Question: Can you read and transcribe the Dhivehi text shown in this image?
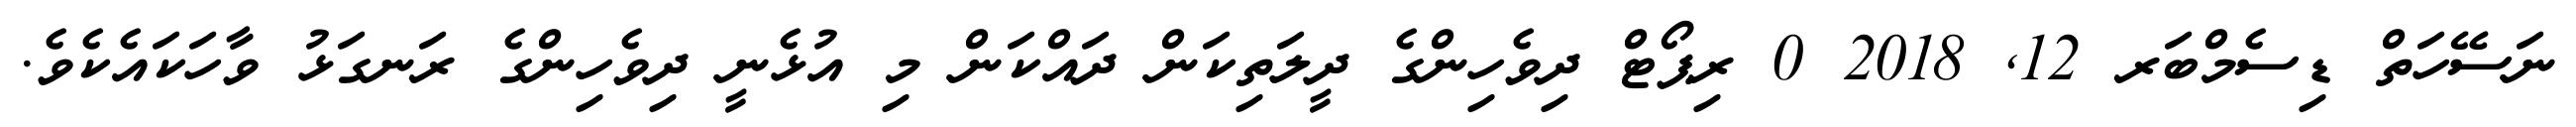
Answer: ނަސޭހަތް ޑިސެމްބަރ 12, 2018 0 ރިޕޯޓް ދިވެހިންގެ ދީލަތިކަން ދައްކަން މި އުޅެނީ ދިވެހިންގެ ރަނގަޅު ވާހަކައެކެވެ.